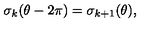
\sigma _ { k } ( \theta - 2 \pi ) = \sigma _ { k + 1 } ( \theta ) ,